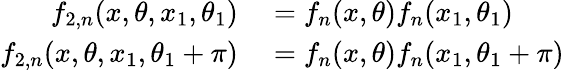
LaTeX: \begin{array}{rl}{f_{2,n}(x,\theta,x_{1},\theta_{1})}&{{}{}={}f_{n}(x,\theta)f_{n}(x_{1},\theta_{1})}\\ {f_{2,n}(x,\theta,x_{1},\theta_{1}+\pi)}&{{}{}={}f_{n}(x,\theta)f_{n}(x_{1},\theta_{1}+\pi)}\end{array}